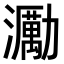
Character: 𤄆